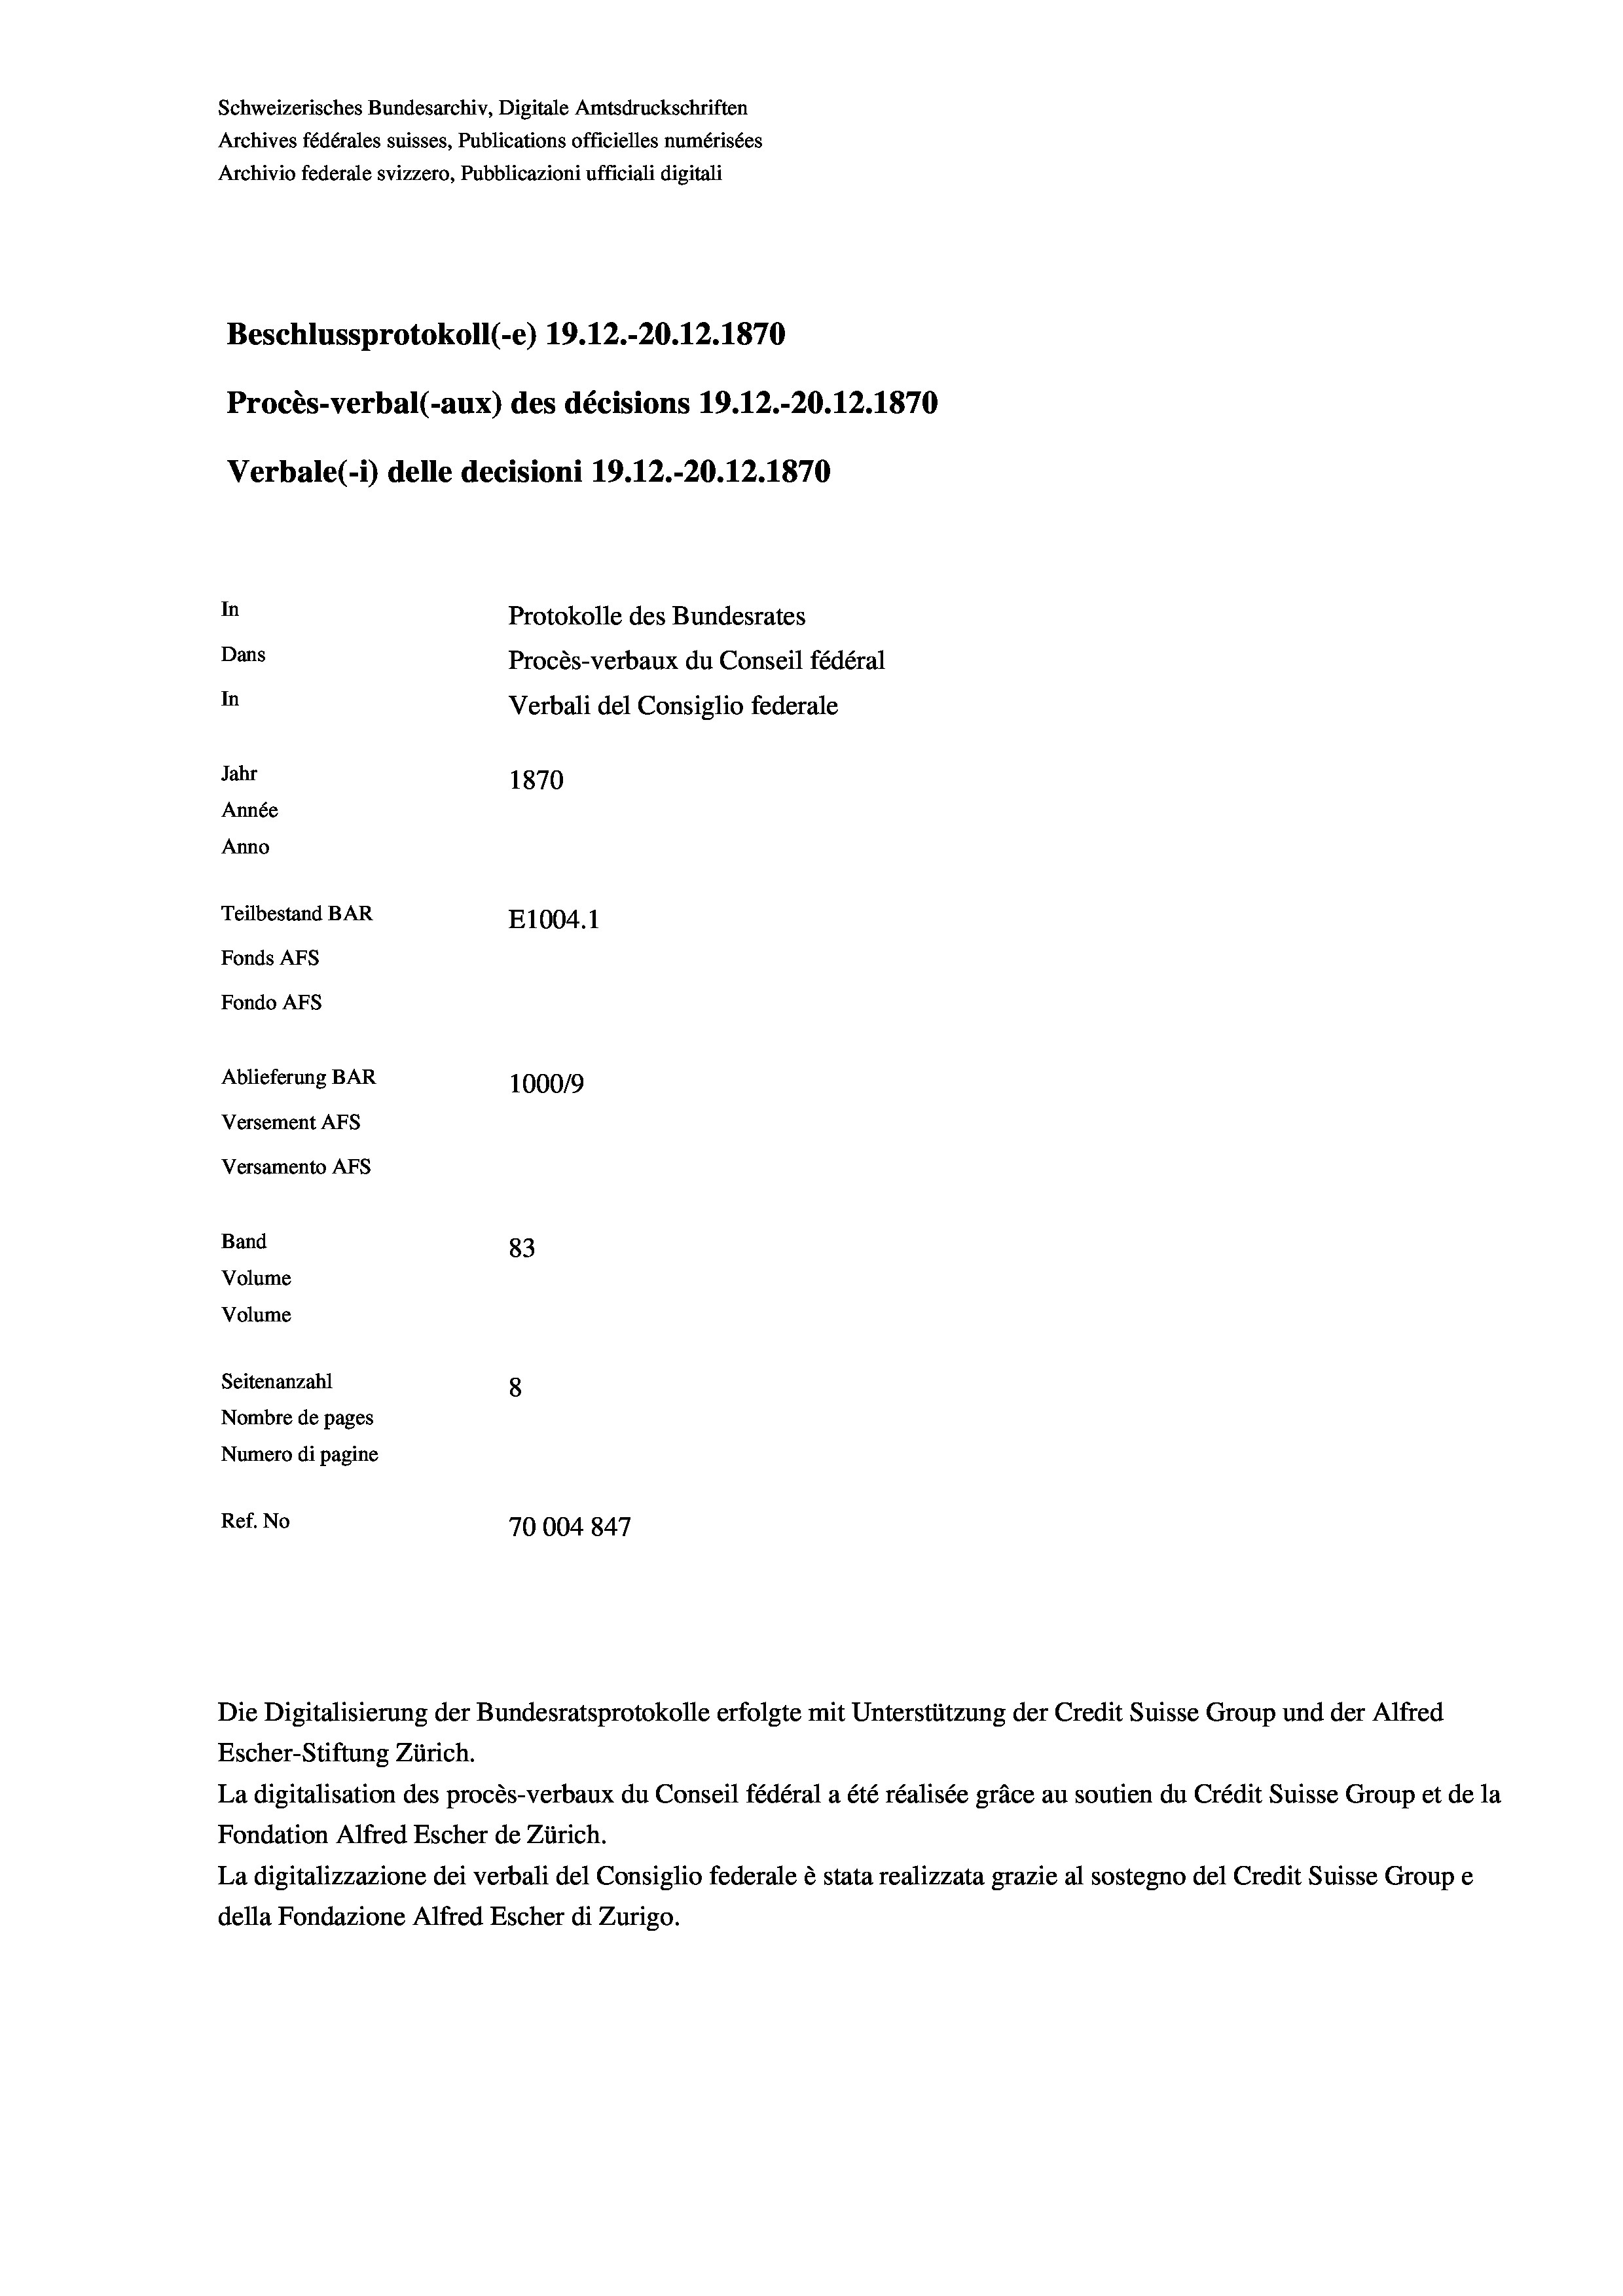
Schweizerisches Bundesarchiv, Digitale Amtsdruckschriften
Archives fédérales suisses, Publications officielles numérisées
Archivio federale svizzero, Pubblicazioni ufficiali digitali
Beschlussprotokoll (-e) 19. 12.-20.12.1870
Procès-verbal (-aux) des décisions 19.12.-20.12.1870
Verbale(-*) delle decisioni 19. 12.-20.12.1870
In
Protokolle des Bundesrates
Dans
Procès-verbaux du Conseil fédéral
In
Verbali del Consiglio federale
Jahr
1870
Année
Anno
Teilbestand BAR
E1004. 1
Fonds AFs
Fondo AFs
Ablieferung BAR
100019
Versement AFs
Versamento AFs
Band
83
Volume
Volume
Seitenanzahl
8

Nombre de pages
Numero di pagine
Ref. No
70004847

Escher-Stiftung Zürich.
La digitalisation des procès-verbaux du Conseil fédéral a été réalisée gräce au soutien du Crédit Suisse Group et de la
Fondation Alfred Escher de Zürich.
La digitalizzazione dei verbali del Consiglio federale è stata realizzata grazie al sostegno del Credit Suisse Groupe
della Fondazione Alfred Escher di Zurigo.

Die Digitalisierung der Bundesratsprotokolle erfolgte mit Unterstützung der Credit Suisse Group und der Alfred